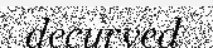
decurved